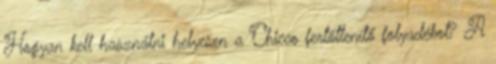
Hogyan kell használni helyesen a Chicco fertőtlenítő folyadékot? A